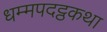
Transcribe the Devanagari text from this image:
धम्मपदट्ठकथा